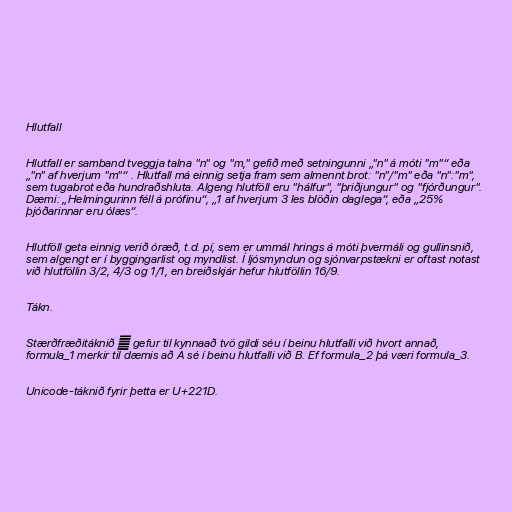
Hlutfall

Hlutfall er samband tveggja talna "n" og "m," gefið með setningunni „"n" á móti "m"“ eða
„"n" af hverjum "m"“ . Hlutfall má einnig setja fram sem almennt brot: "n"/"m" eða "n":"m",
sem tugabrot eða hundraðshluta. Algeng hlutföll eru "hálfur", "þriðjungur" og "fjórðungur".
Dæmi: „Helmingurinn féll á prófinu“, „1 af hverjum 3 les blöðin daglega“, eða „25%
þjóðarinnar eru ólæs“.

Hlutföll geta einnig verið óræð, t.d. pí, sem er ummál hrings á móti þvermáli og gullinsnið,
sem algengt er í byggingarlist og myndlist. Í ljósmyndun og sjónvarpstækni er oftast notast
við hlutföllin 3/2, 4/3 og 1/1, en breiðskjár hefur hlutföllin 16/9.

Tákn.

Stærðfræðitáknið ∝ gefur til kynnaað tvö gildi séu í beinu hlutfalli við hvort annað,
formula_1 merkir til dæmis að A sé í beinu hlutfalli við B. Ef formula_2 þá væri formula_3.

Unicode-táknið fyrir þetta er U+221D.